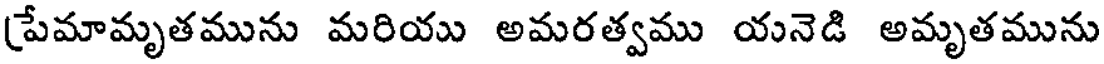
(పేమామృతమును మరియు అమరత్వము యనెడి అమృతమును